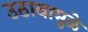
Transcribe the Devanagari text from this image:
उठावामुळे